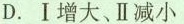
D.Ⅰ增大、Ⅱ减小